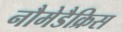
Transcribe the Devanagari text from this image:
नौमेडैक्रिस